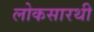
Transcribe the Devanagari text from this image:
लोकसारथी